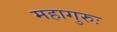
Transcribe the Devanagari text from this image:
महागुरुः